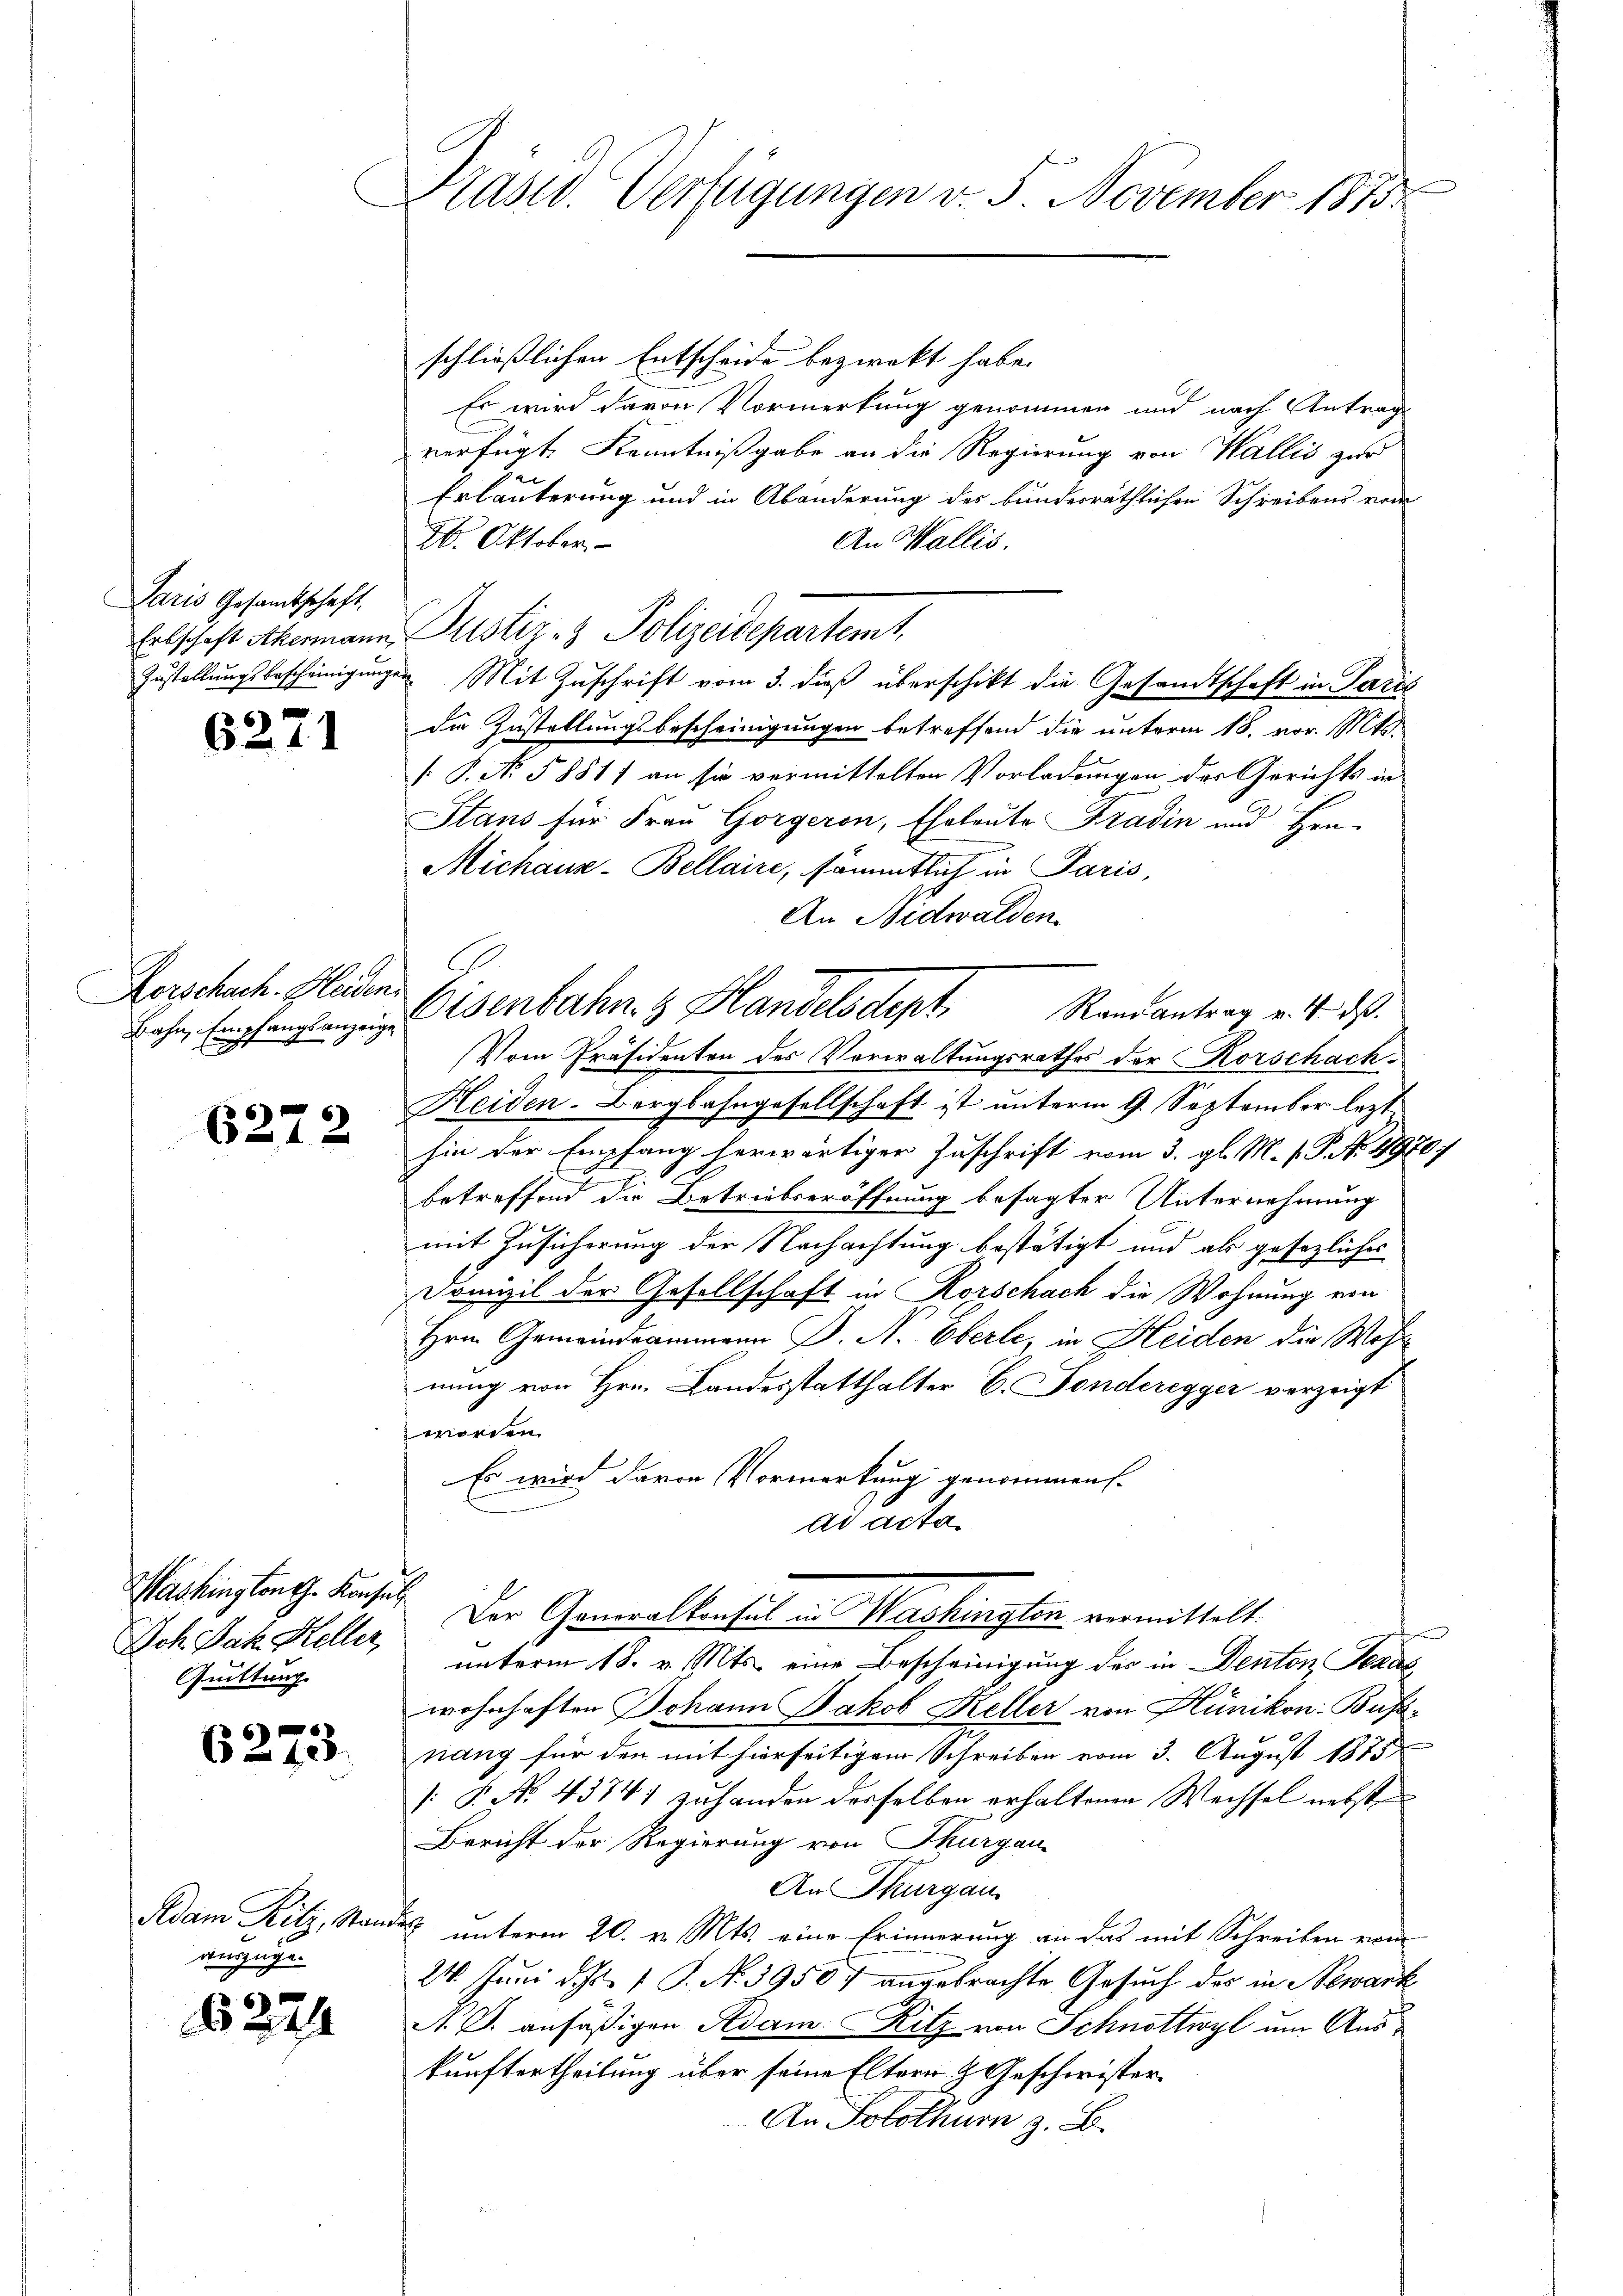
Paris Gesamtschaft
Zustellungsbescheinigung

6271

Korschach. Heiden.

6272

Doh Jak. Heller,
Quittung.

.
6240

Adam Ritz, Standes
auszuge¬

6224

e
Präsid. Verfügungen v. 5. November 1813.

schließlichen Entscheide bezweckt habe.
Es wird davon Vormerkung genommen und nach Antrag
verfügt, Kenntnißgabe an die Regierung von Wallis zur
Erläuterung und in Abänderung des bunderräthlichen Schreibens vom
26. Oktober
An Wallis.
Erbschaft Akermann Justiz- & Polizeidepartemt,
die Zustellungsbescheinigungen betreffend die unterm 18. vor. Mts.
[ P. No. 5881) an sie vermittelten Vorladungen der Gerichts in
Staus für Frau Gorgeron, Eheleute Tradin und Hrn.
Michaus-Bellaire, sämmtlich in Paris,
An Nidwalden.
Vom Präsidenten des Vorwaltungsrathes der Korschach¬
Heiden-Bergbahngesellschaft ist unterm 9. September lezt
hin der Empfang herwärtiger Zuschrift vom 3. gl. M. V. P. Nr. 1970/
betreffend die Betriebseröffnung besagter Unternehmung
mit Zusicherung der Nachachtung bestätigt und als gesezliches
Domizil der Gesellschaft in Korschach die Wohnung von
Hrn. Gemeindeammann J. A. Oberle, in Heiden die Wohl
nung von Hrn. Landesstatthalter C. Fonderegger verzeigt
worden.
Es wird davon Vormerkung genommen.
ad acta
Washingtonth. Kassel. Der Generalkonsul in Washington vermittelt.
unterm 18. v. Mts. eine Bescheinigung des in Denton Seras
wohnhaften Johann Jakob Keller von Hünikon Bussnang für den mit hierseitigem Schreiben vom 3. August 1875
[ P. No. 43741 zu handen derselben erhaltenen Wechsel nebste
Bericht der Regierung von Thurgau
An Thurgau
unterm 20. v. Mts. eine Erinnerung an das mit Schreiben vom
24. Juni d. Js. 1 S. No. 39507 angebrachte Gesuch des in Bewank
A. B. ansäßigen Adam Ritz von Schnöttwyl um Auskunftertheilung über seine Eltern & Geschwister
An Solothur z. B.

Mit Zuschrift vom 3. dieß überschikt die Gesandtschaft in Paris

enbahn. Handelsdept. Randantrag v. 4. ds.